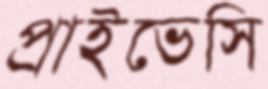
প্রাইভেসি